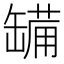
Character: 𮉷